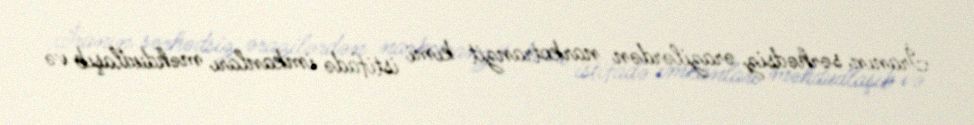
İranın sərhədsiz ərazilərdən narkotranzit kimi istifadə imkanları məhdudlaşıb və